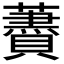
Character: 𧂰